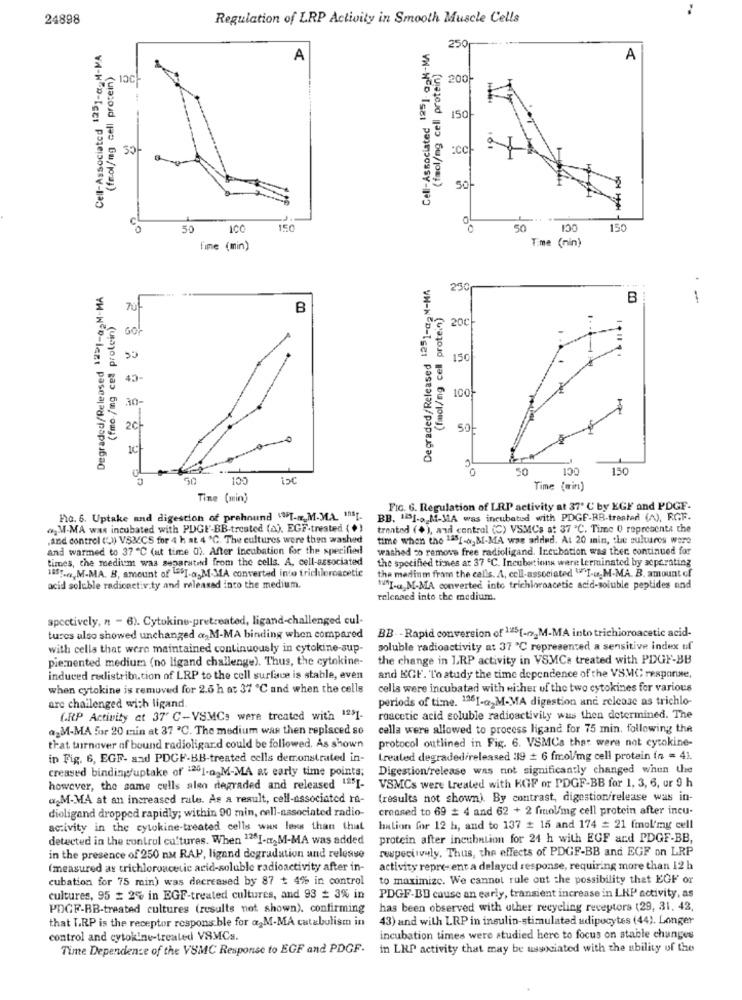
24898
Regulation of LRP Activity in Smooth Muscle Cells
Cell-Associated 1251-c_M-MA
Cell-Associated 1251- a-M-MA
250++
A
A
(feol/mg cell protein)
(fmol/mg cell protein)
13C-
@ 200-
150
30
C
50
ICO
150
50
100
150
Time (nin)
Time (min)
Degraded/Released 1251-caM-MA
Degraded/Released 12-1-@>M-MA
230
B
1
B
(fmol/ng cell protein)
(fmo-/mg cel protein)
20c
150
43
30-
150
50
100
i5C
Time (min)
Tine (min)
FIG. 6. Regulation of LRP activity at 37' C by EGF and PDGF.
FIG. 6. Uptake and digestion of prehnund "FT --_ M.MA. "SI-
BB. 11-a-M-MA was incubatud with PDGF-RB-treated (A), RGF.
ogM-MA was incubated with PDGE'-BB-treated (A). EGF-treated ( +)
trented (+ ), and control (C) VSMCs at 37 "℃. Time ( representa the
.and control ()) VSM/CS for 4 h at 4 ℃. The cultures were then washed
time when the "SI-a,MI-MA was added. At 20 min, . Le cultures were
and warmed to 37 ℃ (at time 0). After incubation for the specified
washed o remove free radioligand. Incubation was ther continued for
times, the medium was separated from the cells. A. cell-associated
the specified tines at 37 ℃. Incubetions were terminated by separating
18ST -. M.MA. B, amount of "I-a-M-MA converted into trichloroacetic
the madinm fram the calls. A, coll-associated WI-u-M-MA. B. amount of
acid soluble radicactiv.ty and released into the medium.
1ªI-a.M.MA converted into trichloroacetic acid-soluble peptides and
relenaed into the medium.
spectively, n - 6). Cytokine-pretreated, ligand-challenged cul-
tures also showed unchanged & M-MA binding when compared
BB- - Rapid conversion of 1245[ -- 2M-MA into trichloroacetic acid-
with cells that were maintained continuously in cytokine-sup
soluble radioactivity at 37 ℃ represented a sensitive index uf
piermented medium (no ligand challenge). Thus, the cytokine-
the change in LRP activity in VSMCe treated with PDGF-BB
induced redistribution of LRP to the cell surface is stable, even
and EGF. To study the time dependence of the VSMC response,
when cytokine is removed for 2.5 h at 37 ℃ and when the cells
cells were incubatad with either uf the two cytokines for various
periods of time. 1361-a-M-MA digestion and release as trichlo-
are challenged with ligand
GRP Activity ct 37 C-VSMCs were treated with 12$1-
roacetic acid soluble radioactivity was then determined. The
agM-MA for 20 min at 37 ª℃. The medium was then replaced so
cells were allowed to process ligand for 75 min. following the
protocol outlined in Fig. 6. VSMCs that were not cytokine-
that turnaver of bound radioligard could be followed. As shown
in Fig. 6, EGF- and PDGF-BB-treated cells demonstrated in-
treated degraded/released 119 # 6 fmol/mg cell protein (n = 41.
creased binding'uptake of 1201-02M-MA at early time points;
Digestion/release was not significantly changed when the
VSMCs were treated with KGF or PDGF-BB for 1, 3, 6, ur 9 h
however, the same cells alen degraded and released "2"I-
a.M.MA at an increased rule. As a result, cell-associated ra-
(results not shown). By contrast, digestion/release was in-
dioligand dropped rapidly; within 90 min, cell-nasociated radio-
creased to 69 # 4 and 62 + 2 finol/mg cell protein after incu-
activity in the cytokine-treated cells wax less than that
halion for 12 h, and to 137 # 15 and 174 = 21 fmol'my cell
detected in the control cultures. When 12I-ct,M-MA was added
protein after incubation for 24 h with EGF and PDGF-BB,
respectively. Thus, the effects of PDGF-BB and EGF on LRP
in the presence of 250 nu RAP, ligand degradation and release
(measured as trichloroacetic acid-soluble radioactivity after in-
activity represent a delayed response, requiring more than 12 h
cubation for 75 min) was decreased by 87 + 4% in control
to maximize. We cannot rule out the possibility that EGF or
cultures, 95 # 2% in EGE-treated cultures, and 93 = 3% in
PDGF-BD cause an early, transient increase in LKP activity, as
PDGF-BB-treated cultures (results not shown). confirming
has been observed with uther recycling receptors (29, 31. 42,
that LRP is the receptor responsible for a, M-MA catabolism in
43) and with LRP in insulin-stimulated adipocytes (44). Longer
control and cytokine-treated VSMCs.
incubation times were studied here to focus on stable changes
Time Dependence of the VUMC Response to EGF and PDGF.
in LRP activity that may be associated with the ability of the